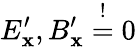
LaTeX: E_{\mathbf{x}}^{\prime},B_{\mathbf{x}}^{\prime}\overset{!}{=}0